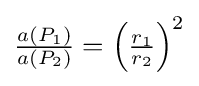
{\textstyle {\frac {a(P_{1})}{a(P_{2})}}=\left({\frac {r_{1}}{r_{2}}}\right)^{2}}